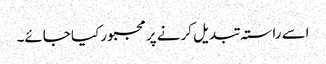
اسے راستہ تبدیل کرنے پر مجبور کیا جائے۔